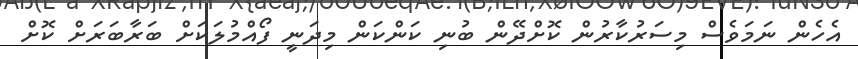
އެހެން ނަމަވެސް މިސަރުކާރުން ކޮށްދޭން ބުނި ކަންކަން މިދަނީ ފޯއްމުލަކަށް ބަރާބަރަށް ކޮށް